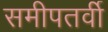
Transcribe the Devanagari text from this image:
समीपतर्वी